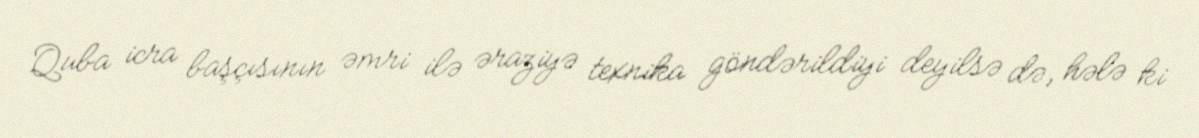
Quba icra başçısının əmri ilə əraziyə texnika göndərildiyi deyilsə də, hələ ki